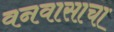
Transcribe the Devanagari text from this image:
वनवासाचा